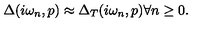
\Delta ( i \omega _ { n } , p ) \approx \Delta _ { T } ( i \omega _ { n } , p ) \forall n \geq 0 .